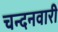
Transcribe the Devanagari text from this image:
चन्दनवारी